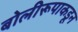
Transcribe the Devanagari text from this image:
बोलीरूपाकडून